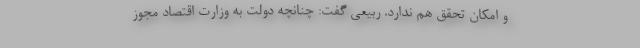
و امکان تحقق هم ندارد. ربیعی گفت: چنانچه دولت به وزارت اقتصاد مجوز